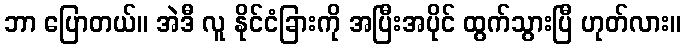
ဘာ ပြောတယ်။ အဲဒီ လူ နိုင်ငံခြားကို အပြီးအပိုင် ထွက်သွားပြီ ဟုတ်လား။